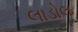
લાડોલ